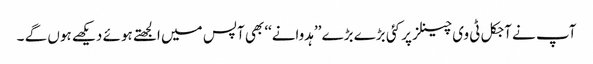
آپ نے آجکل ٹی وی چینلز پر کئی بڑے بڑے ’’ہدوانے‘‘ بھی آپس میں الجھتے ہوئے دیکھے ہوں گے ۔